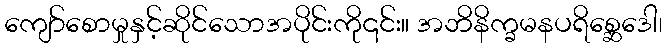
ကျော်စောမှုနှင့်ဆိုင်သောအပိုင်းကို၎င်း။ အဘိနိက္ခမနပရိစ္ဆေဒေါ၊